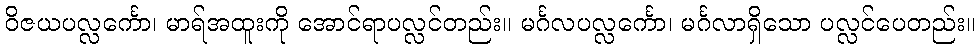
ဝိဇယပလ္လင်္ကော၊ မာရ်အထူးကို အောင်ရာပလ္လင်တည်း။ မင်္ဂလပလ္လင်္ကော၊ မင်္ဂလာရှိသော ပလ္လင်ပေတည်း။